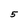
Character: 5